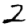
Digit: 2